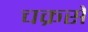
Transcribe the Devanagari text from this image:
चक्रसे